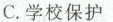
C.学校保护